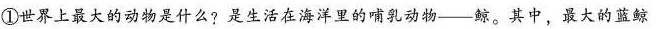
①世界上最大的动物是什么?是生活在海洋里的哺乳动物—鲸。其中，最大的蓝鲸